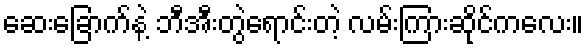
ဆေးခြောက်နဲ့ ဘီအီးတွဲရောင်းတဲ့ လမ်းကြားဆိုင်ကလေး။